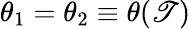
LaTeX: \theta_{1}=\theta_{2}\equiv\theta(\mathscr{T})